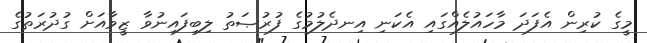
މީގެ ކުރިން އެފަދަ މާހައުލެއްގައި އެކަނި އިނދެލުމުގެ ފުރުޞަތު ލިބިފައިނުވާ ޒީވާއަށް ގުދުރަތުގެ